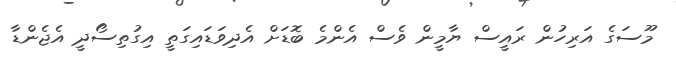
މޫސަގެ އަރިހުން ރައީސް ޔާމީން ވެސް އެންމެ ބޮޑަށް އެދިވަޑައިގަތީ އިގުތިސޯދީ އެޖެންޑާ